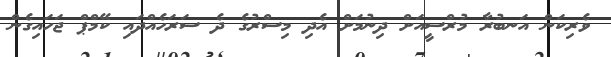
ވެރިކަން އަނބުރާ މުރްސީއަށް ދިނުމަށް އެދި މިސްރުގެ ދެ ސަރަހެއްދައި ކޭމްޕް ޖަހައިގެން